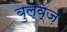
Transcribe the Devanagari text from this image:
बुल्व्ज़